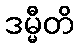
ဒမ္မီတိ